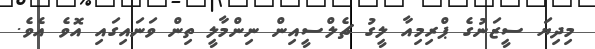
މިދިޔަ ސީޒަނުގެ ޕްރިމިއާ ލީގު ޗެލްސީއިން ނިންމާލީ ތިން ވަނައިގައި އޮވެ އެވެ.